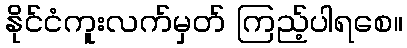
နိုင်ငံကူးလက်မှတ် ကြည့်ပါရစေ။